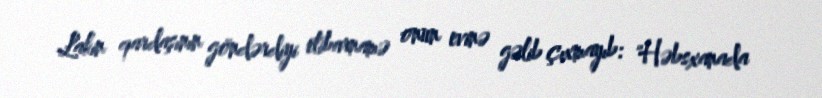
Lakin qardaşının göndərdiyi etibarnamə onun evinə gəlib çıxmayıb: "Həbsxanada